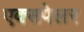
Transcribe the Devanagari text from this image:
एक्सपेलर